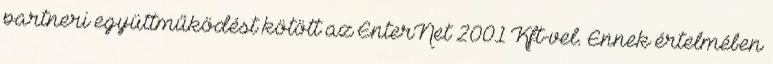
partneri együttműködést kötött az EnterNet 2001 Kft-vel. Ennek értelmében